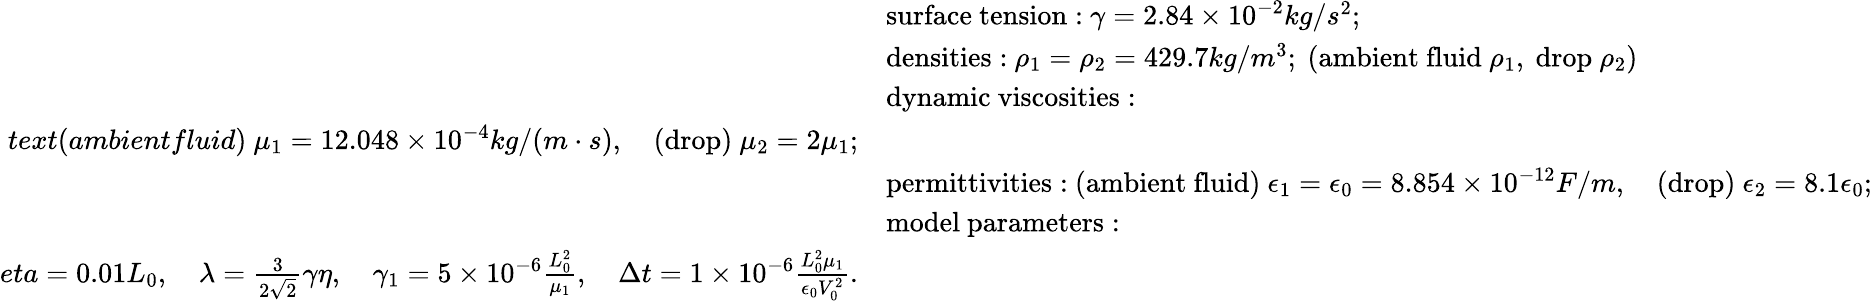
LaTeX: \begin{array}{rl}&{\mathrm{surface~tension:}\ \gamma=2.84\times 10^{-2}kg/s^{2};}\\ &{\mathrm{densities:}\ \rho_{1}=\rho_{2}=429.7kg/m^{3};\ (\mathrm{ambient~fluid}\ \rho_{1},\ \mathrm{drop}\ \rho_{2})}\\ &{\mathrm{dynamic~viscosities:}}\\ {text{(ambientfluid)}\ \mu_{1}=12.048\times 10^{-4}kg/(m\cdot s),\quad\mathrm{(drop)}\ \mu_{2}=2\mu_{1};}\\ &{\mathrm{permittivities:}\ \mathrm{(ambient~fluid)}\ \epsilon_{1}=\epsilon_{0}=8.854\times 10^{-12}F/m,\quad\mathrm{(drop)}\ \epsilon_{2}=8.1\epsilon_{0};}\\ &{\mathrm{model~parameters:}}\\ {eta=0.01L_{0},\quad\lambda=\frac{3}{2\sqrt{2}}\gamma\eta,\quad\gamma_{1}=5\times 10^{-6}\frac{L_{0}^{2}}{\mu_{1}},\quad\Delta t=1\times 10^{-6}\frac{L_{0}^{2}\mu_{1}}{\epsilon_{0}V_{0}^{2}}.}\end{array}